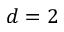
d = 2